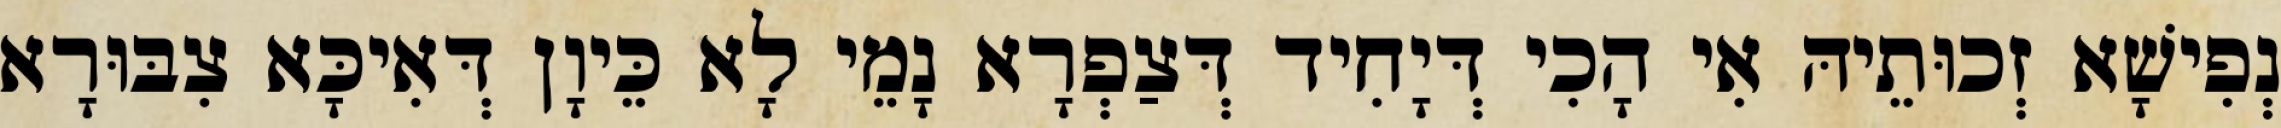
נְפִישָׁא זְכוּתֵיהּ אִי הָכִי דְּיָחִיד דְּצַפְרָא נָמֵי לָא כֵּיוָן דְּאִיכָּא צִבּוּרָא